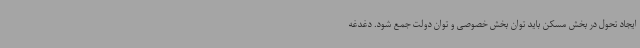
ایجاد تحول در بخش مسکن باید توان بخش خصوصی و توان دولت جمع شود. دغدغه